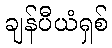
ချန်ပီယံရှစ်